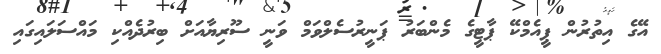
އޭގެ އިތުރުން ޕީއެމްކޭ ޕާޓީގެ މެންބަރު ޕަނީރުސެލްވަމް ވަނީ ސޫރިޔާއަށް ބިރުދެއްކި މައްސަލައިގައި